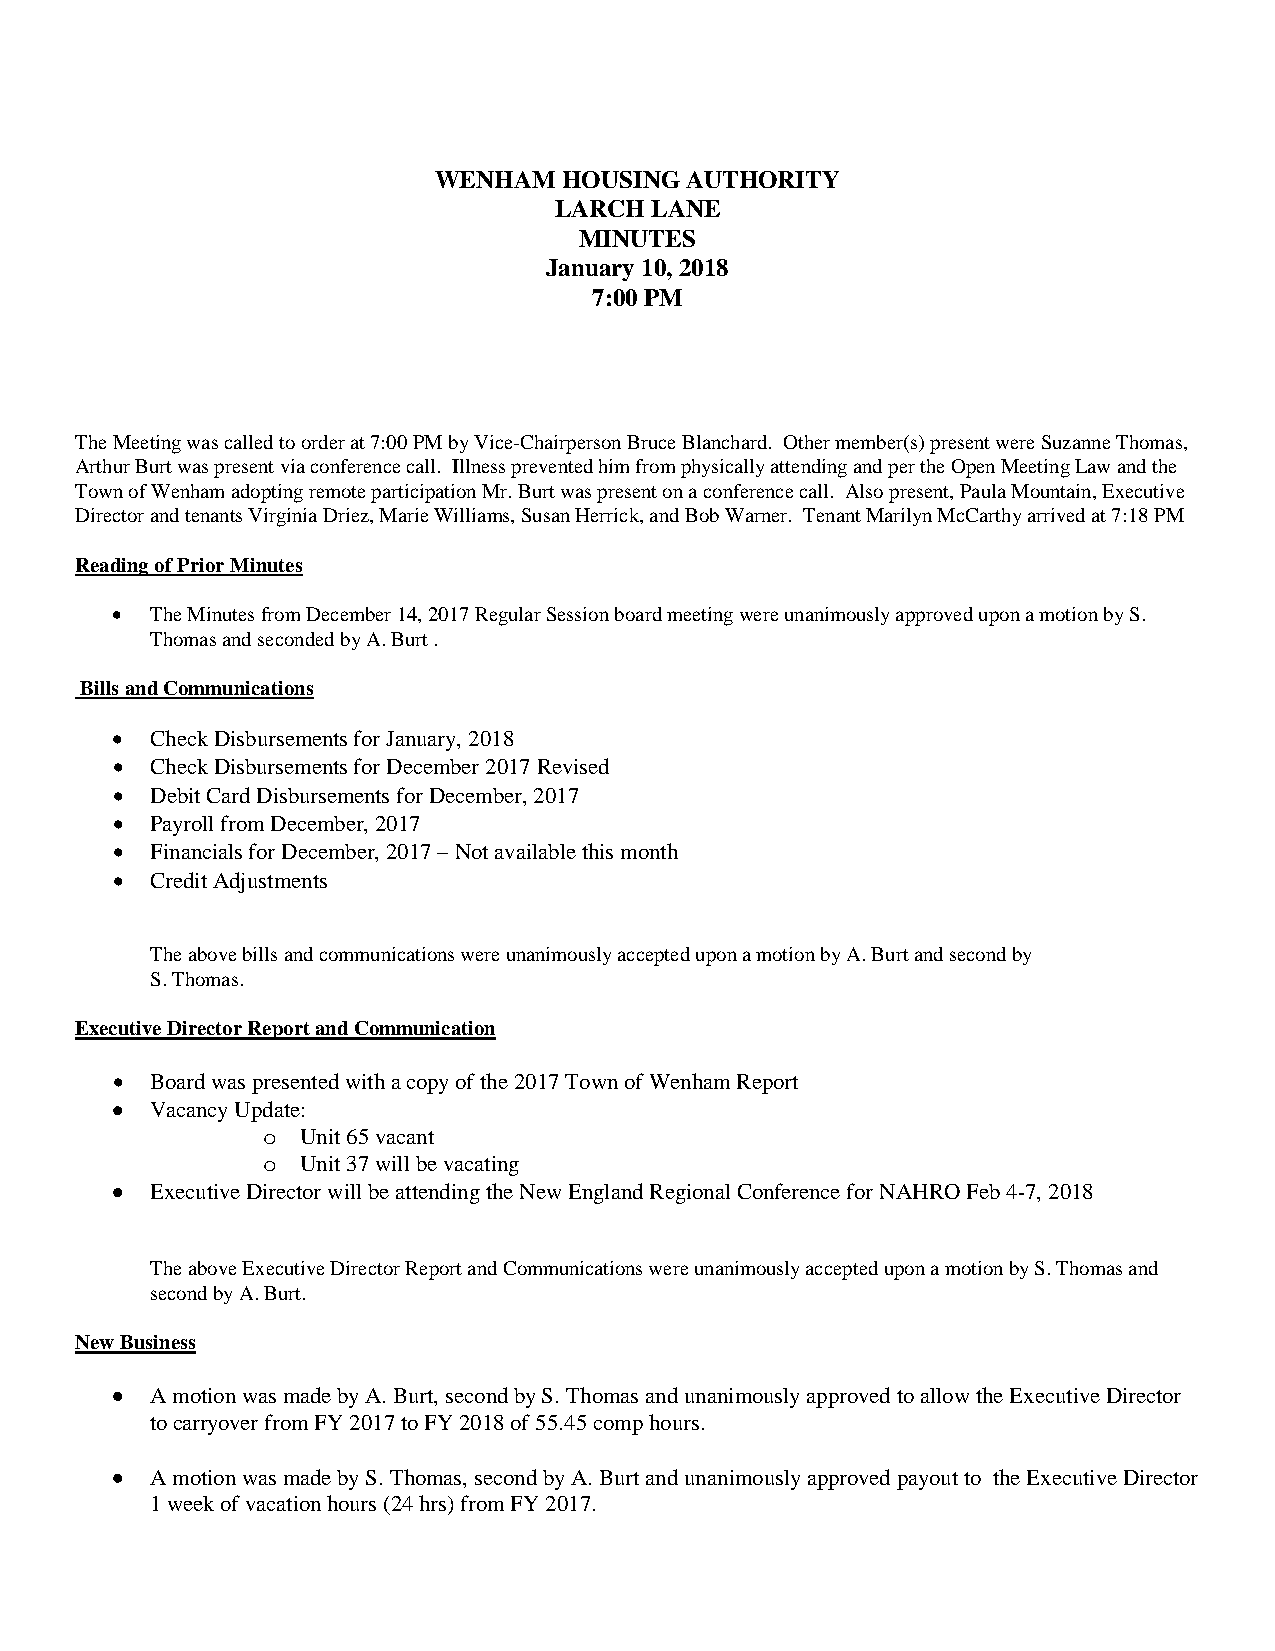
WENHAM  HOUSING AUTHORITY
 LARCH LANE
 MINUTES
 January 10, 2018
 7:00 PM
 The Meeting was called to order at 7:00 PM by Vice-Chairperson Bruce Blanchard. Other member(s) present were Suzanne Thomas,
 Arthur Burt was present via conference call. Illness prevented him from physically attending and per the Open Meeting Law and the
 Town of Wenham adopting remote participation Mr. Burt was present on a conference call. Also present, Paula Mountain, Executive
 Director and tenants Virginia Driez, Marie Williams, Susan Herrick, and Bob Warner. Tenant Marilyn McCarthy arrived at 7:18 PM
 Reading of Prior Minutes
 •  The Minutes from December 14, 2017 Regular Session board meeting were unanimously approved upon a motion by S.
 Thomas and seconded by A. Burt .
 Bills and Communications
 •  Check Disbursements for January, 2018
 •  Check Disbursements for December 2017 Revised
 •  Debit Card Disbursements for December, 2017
 •  Payroll from December, 2017
 •  Financials for December, 2017 – Not available this month
 •  Credit Adjustments
 The above bills and communications were unanimously accepted upon a motion by A. Burt and second by
 S. Thomas.
 Executive Director Report and Communication
 •  Board was presented with a copy of the 2017 Town of Wenham Report
 •  Vacancy Update:
 Unit 65 vacant
 o
 Unit 37 will be vacating
 o
 •  Executive Director will be attending the New England Regional Conference for NAHRO Feb 4-7, 2018
 The above Executive Director Report and Communications were unanimously accepted upon a motion by S. Thomas and
 second by A. Burt.
 New Business
 •  A motion was made by A. Burt, second by S. Thomas and unanimously approved to allow the Executive Director
 to carryover from FY 2017 to FY 2018 of 55.45 comp hours.
 •  A motion was made by S. Thomas, second by A. Burt and unanimously approved payout to the Executive Director
 1 week of vacation hours (24 hrs) from FY 2017.